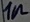
Text: 1n